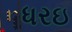
ધરઇ